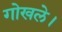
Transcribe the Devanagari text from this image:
गोखले।